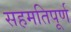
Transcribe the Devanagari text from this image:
सहमतिपूर्ण